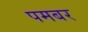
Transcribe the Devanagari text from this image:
पमबर